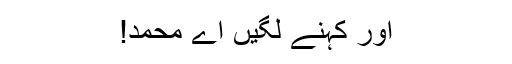
اور کہنے لگیں اے محمد!